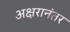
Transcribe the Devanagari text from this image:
अक्षरानंतर